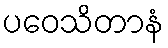
ပဝေသိတာနံ